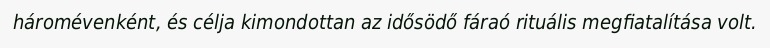
háromévenként, és célja kimondottan az idősödő fáraó rituális megfiatalítása volt.